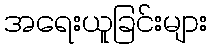
အရေးယူခြင်းများ